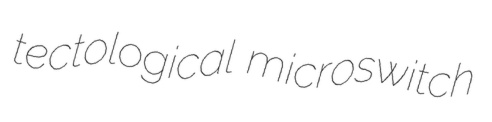
tectological microswitch